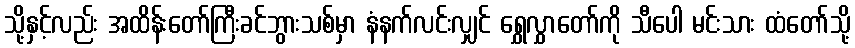
သို့နှင့်လည်း အထိန်းတော်ကြီးခင်ဘွားသစ်မှာ နံနက်လင်းလျှင် ရွှေလွှာတော်ကို သီပေါ မင်းသား ထံတော်သို့